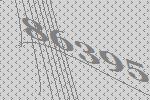
86395